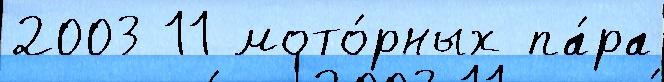
2003 11 мото́рных па́ра